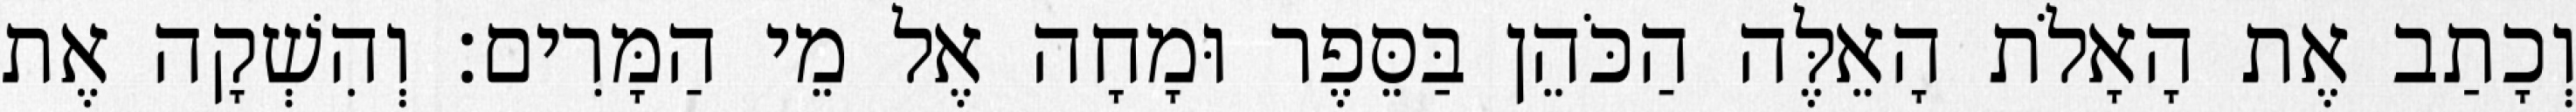
וְכָתַב אֶת הָאָלֹת הָאֵלֶּה הַכֹּהֵן בַּסֵּפֶר וּמָחָה אֶל מֵי הַמָּרִים׃ וְהִשְׁקָה אֶת